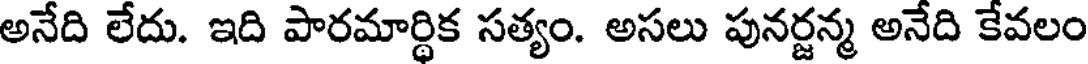
అనేది లేదు. ఇది పారమార్థిక సత్యం. అసలు పునర్జన్మ అనేది కేవలం